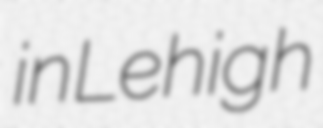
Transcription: in Lehigh